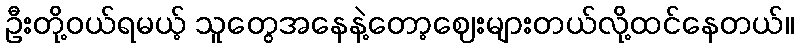
ဦးတို့ဝယ်ရမယ့် သူတွေအနေနဲ့တော့ဈေးများတယ်လို့ထင်နေတယ်။